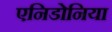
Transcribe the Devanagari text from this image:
एनिडोनिया